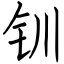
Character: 钏